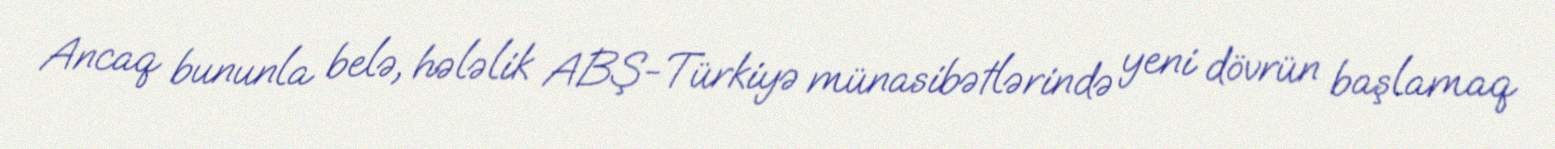
Ancaq bununla belə, hələlik ABŞ-Türkiyə münasibətlərində yeni dövrün başlamaq